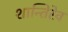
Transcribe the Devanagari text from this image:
शान्तिरेव